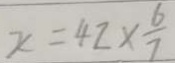
x = 4 2 \times \frac { 6 } { 7 }